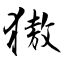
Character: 獓